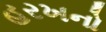
હરખનો